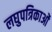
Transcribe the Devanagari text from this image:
लघुपत्रिकाओं